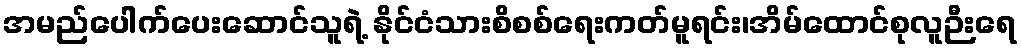
အမည်ပေါက်ပေးဆောင်သူရဲ့ နိုင်ငံသားစိစစ်ရေးကတ်မူရင်း၊အိမ်ထောင်စုလူဉီးရေ